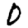
Digit: 0